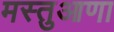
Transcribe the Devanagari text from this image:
मस्तुआणा